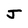
Character: J